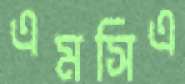
এমসিএ